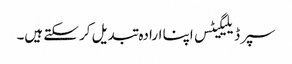
سپر ڈیلیگیٹس اپنا ارادہ تبدیل کر سکتے ہیں۔